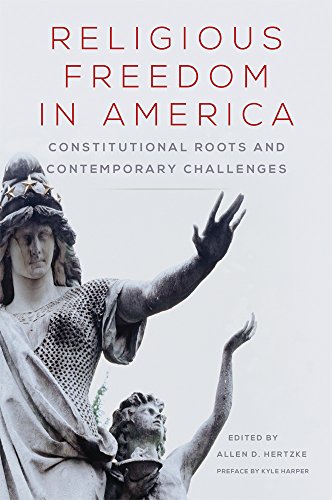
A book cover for Religious Freedom in America: Constitutional Roots and Contemporary Challenges (Studies in American Constitutional Heritage); Law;